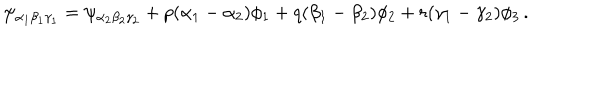
\psi _ { \alpha _ { 1 } \beta _ { 1 } \gamma _ { 1 } } = \psi _ { \alpha _ { 2 } \beta _ { 2 } \gamma _ { 2 } } + p ( \alpha _ { 1 } - \alpha _ { 2 } ) \phi _ { 1 } + q ( \beta _ { 1 } - \beta _ { 2 } ) \phi _ { 2 } + r ( \gamma _ { 1 } - \gamma _ { 2 } ) \phi _ { 3 } \, .